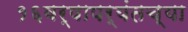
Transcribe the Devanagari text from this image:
१६वर्षापर्यंतच्या